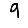
Digit: 9